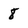
Character: 8